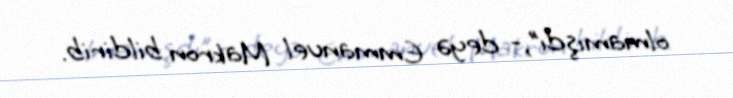
olmamışdı”,- deyə Emmanuel Makron bildirib.